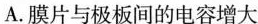
A.膜片与极板间的电容增大